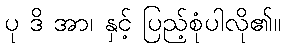
ပု ဒိ အာ၊ နှင့် ပြည့်စုံပါလို၏။